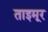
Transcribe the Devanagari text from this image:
ताइमूर